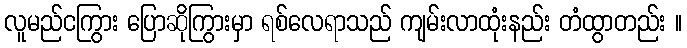
လူမည်ငကြွား ပြောဆိုကြွားမှာ ရစ်လေရာသည် ကျမ်းလာထုံးနည်း တံထွာတည်း ။